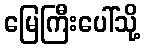
မြေကြီးပေါ်သို့